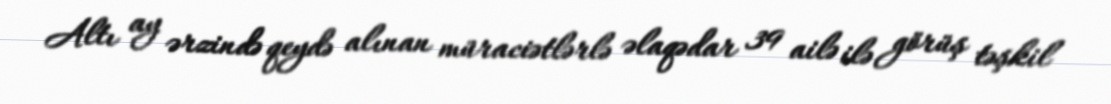
Altı ay ərzində qeydə alınan müraciətlərlə əlaqədar 39 ailə ilə görüş təşkil